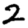
Digit: 2